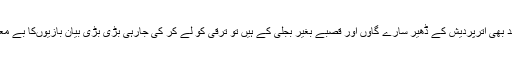
آزادی کے اتنے سالوںبعد بھی اترپردیش کے ڈھیر سارے گاؤں اور قصبے بغیر بجلی کے ہیں تو ترقی کو لے کر کی جارہی بڑی بڑی بیان بازیوںکا بے معنی پن سمجھ میں آتا ہے۔